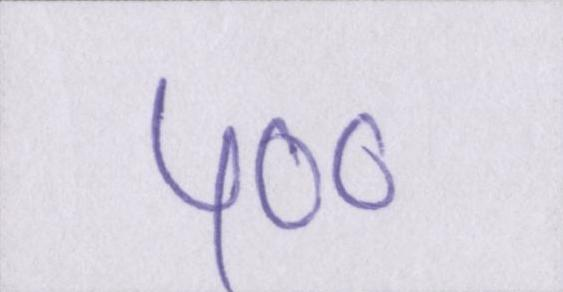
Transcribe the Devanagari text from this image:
५००